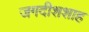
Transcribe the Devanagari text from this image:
जगदीशशाह